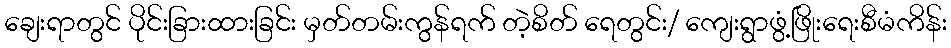
ချေးရာတွင် ပိုင်းခြားထားခြင်း မှတ်တမ်းကွန်ရက် တဲ့စိတ် ရေတွင်း/ ကျေးရွာဖွံ့ဖြိုးရေးစီမံကိန်း